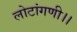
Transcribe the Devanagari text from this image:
लोटांगणी।।